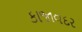
કાજાવદર